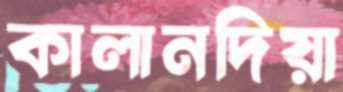
কালানদিয়া